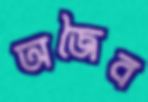
অজৈব